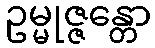
ဥမ္မုဇ္ဇန္တော